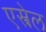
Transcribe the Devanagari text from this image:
एस्त्रेल